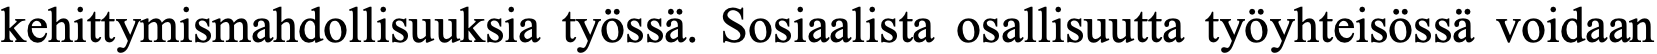
kehittymismahdollisuuksia työssä. Sosiaalista osallisuutta työyhteisössä voidaan